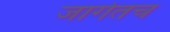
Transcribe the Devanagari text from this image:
जागेतच